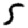
Digit: 5